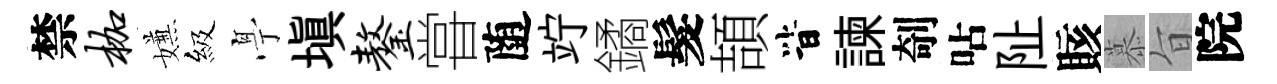
禁枷嫌級𠅘塡鏊甞随竚鐍髮頡𣅜諫剞呫阯賅慕旨院